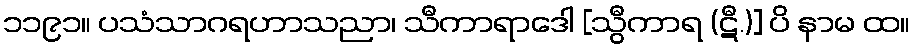
၁၁၉၁။ ပသံသာဂရဟာသညာ၊ သီကာရာဒေါ [သွီကာရ (ဋီ.)] ပိ နာမ ထ။